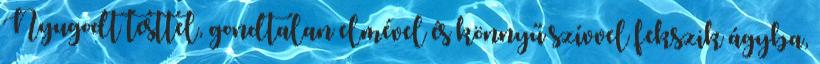
Nyugodt testtel, gondtalan elmével és könnyű szívvel fekszik ágyba,